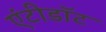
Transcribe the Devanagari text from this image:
एंटीडाॅट